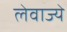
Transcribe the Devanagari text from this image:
लेवाज्ये